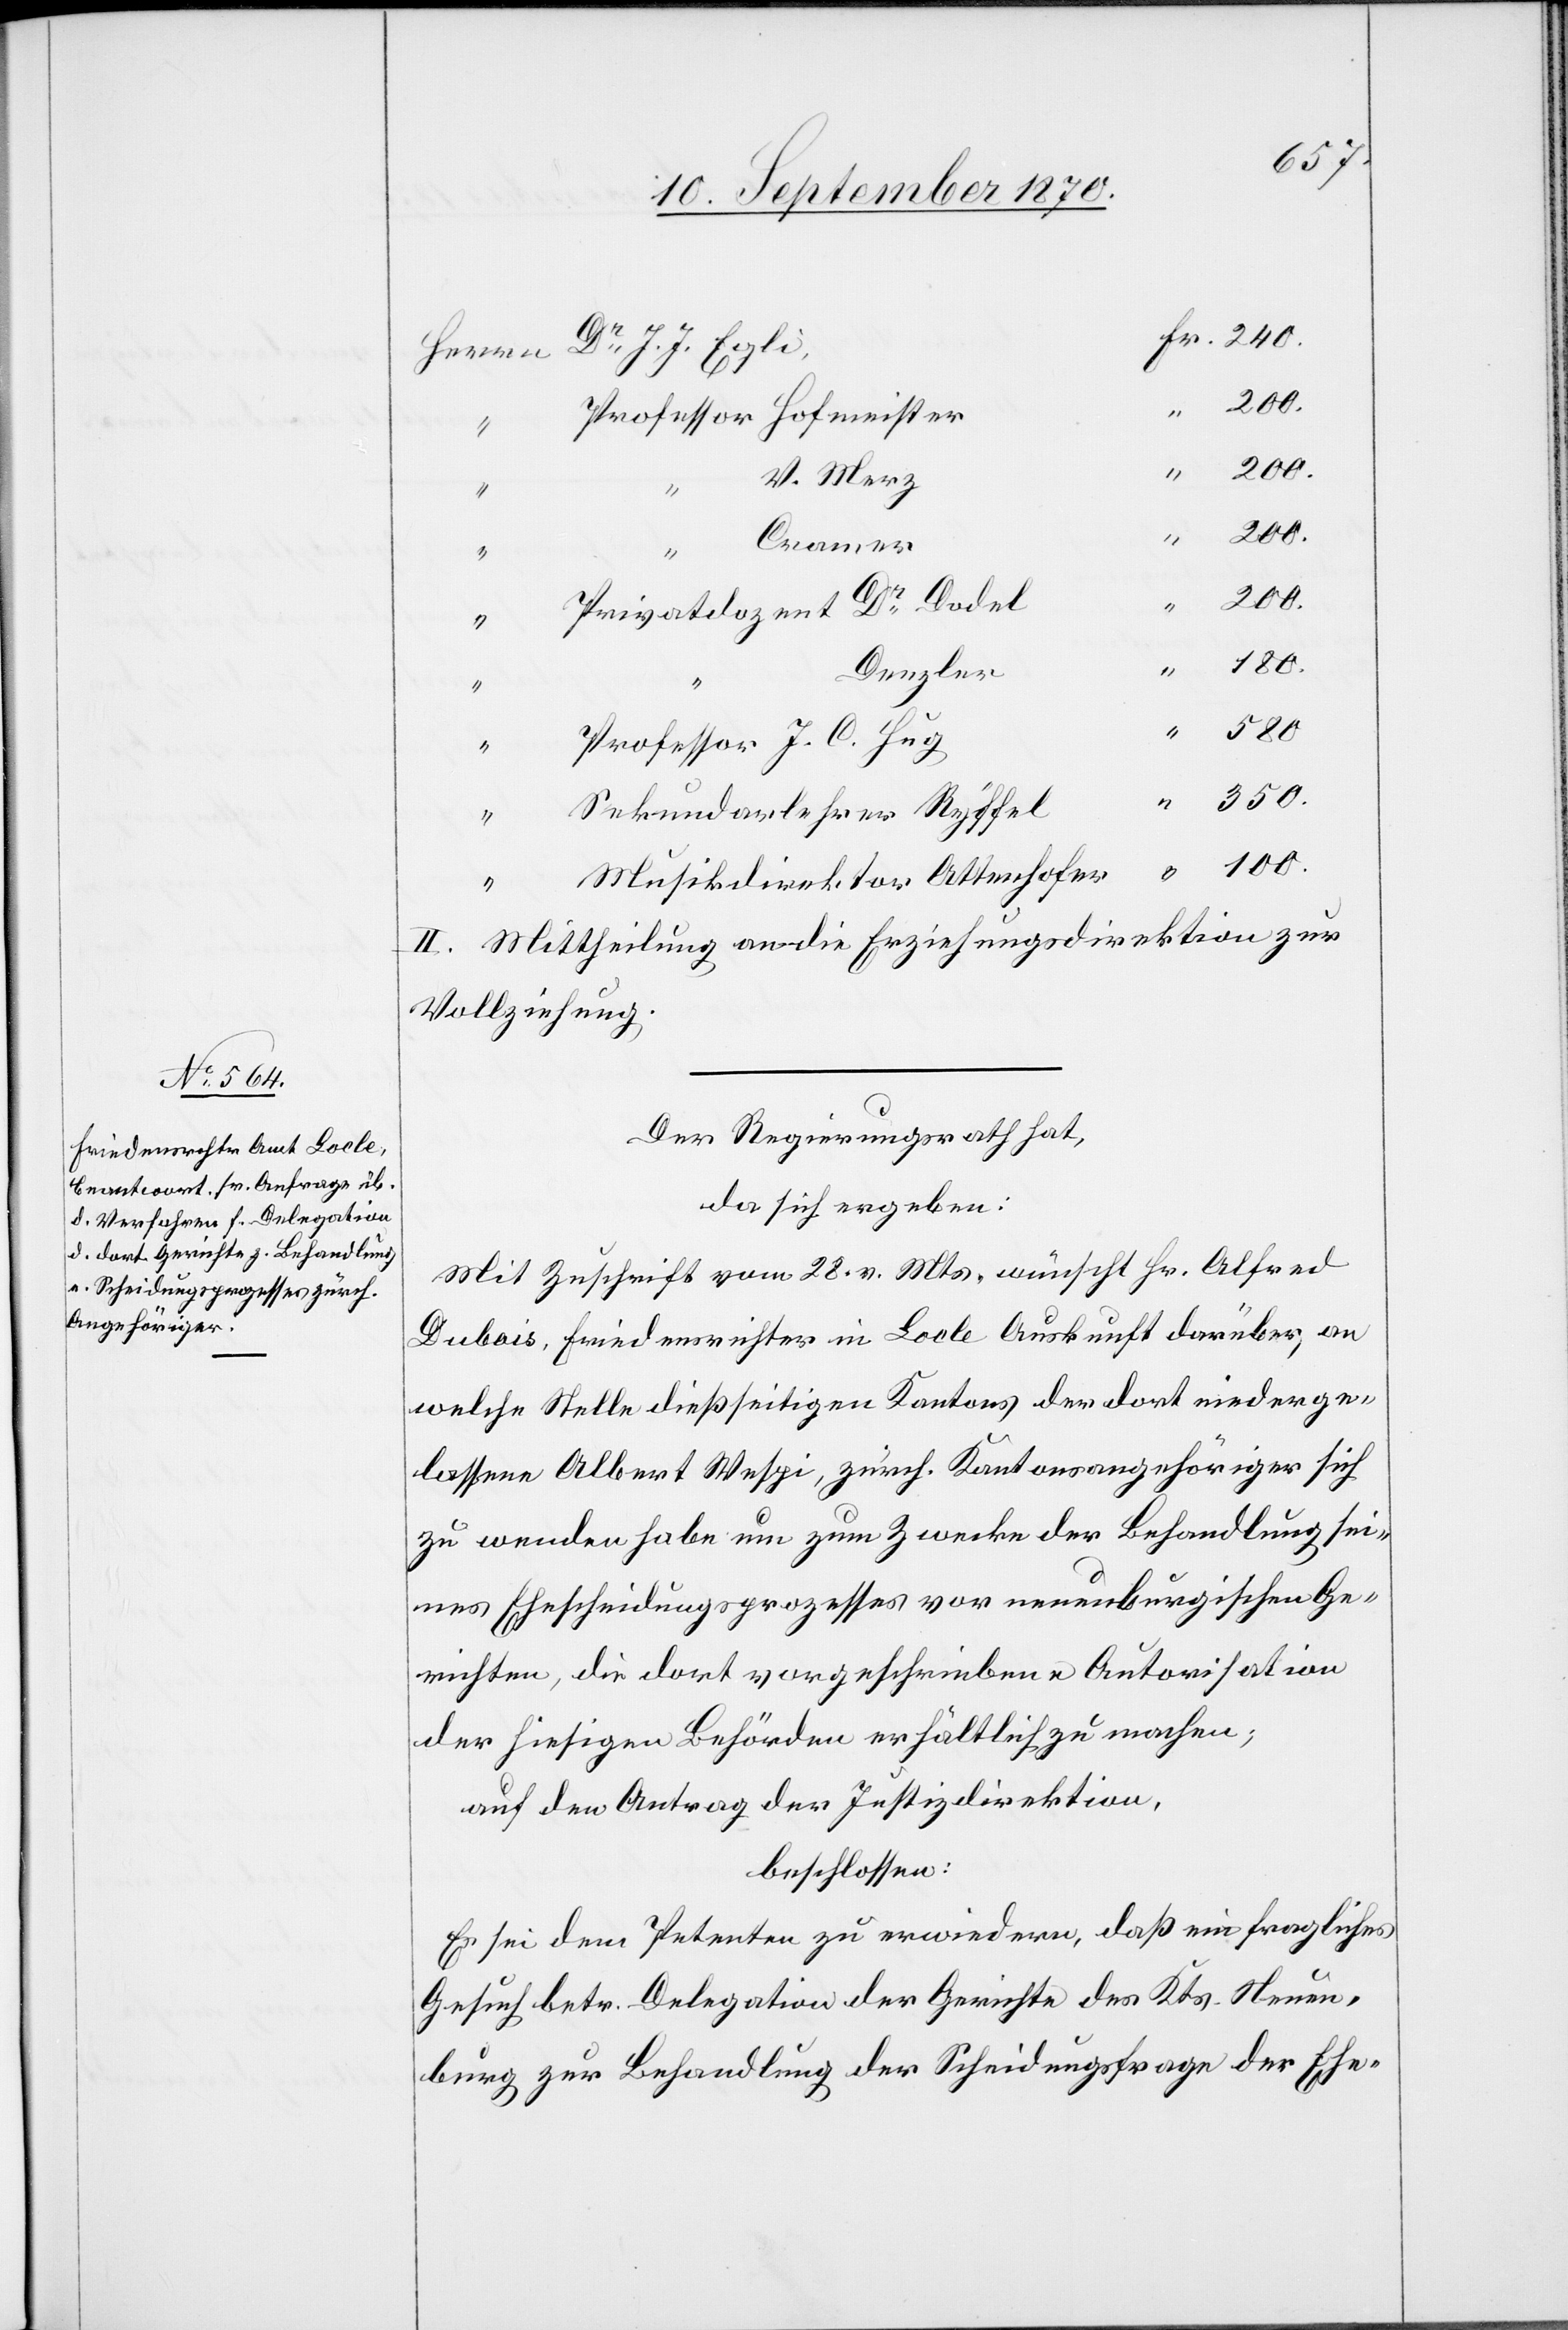
V. Merz
“
Cramer
“
200.
Hug
“
100.
“
Denzler
“
350.
“
Sekundarlehrer Ryffel
C.
Musikdirektor Attenhofer
II. Mittheilung an die Erziehungsdirektion zur
Vollziehung.
Der Regierungsrath hat,
da sich ergeben:
Mit Zuschrift vom 28. v. Mts. wünscht Hr. Alfred
Dubois, Friedensrichter in Locle Auskunft darüber, an
welche Stelle dießseitigen Kantons der dort niederge¬
lassene Albert Wespi, zürch. Kantonsangehöriger sich
zu wenden habe um zum Zwecke der Behandlung sei¬
nes Ehescheidungsprozesses vor neuenburgischen Ge¬
richten, die dort vorgeschriebene Autorisation
der hiesigen Behörden erhältlich zu machen;
auf den Antrag der Justizdirektion,
beschlossen:
Es sei dem Petenten zu erwiedern, daß ein fragliches
Gesuch betr. Delegation der Gerichte des Kts. Neuen¬
burg zur Behandlung der Scheidungsfrage der Ehe-